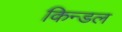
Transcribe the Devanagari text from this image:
किन्डल